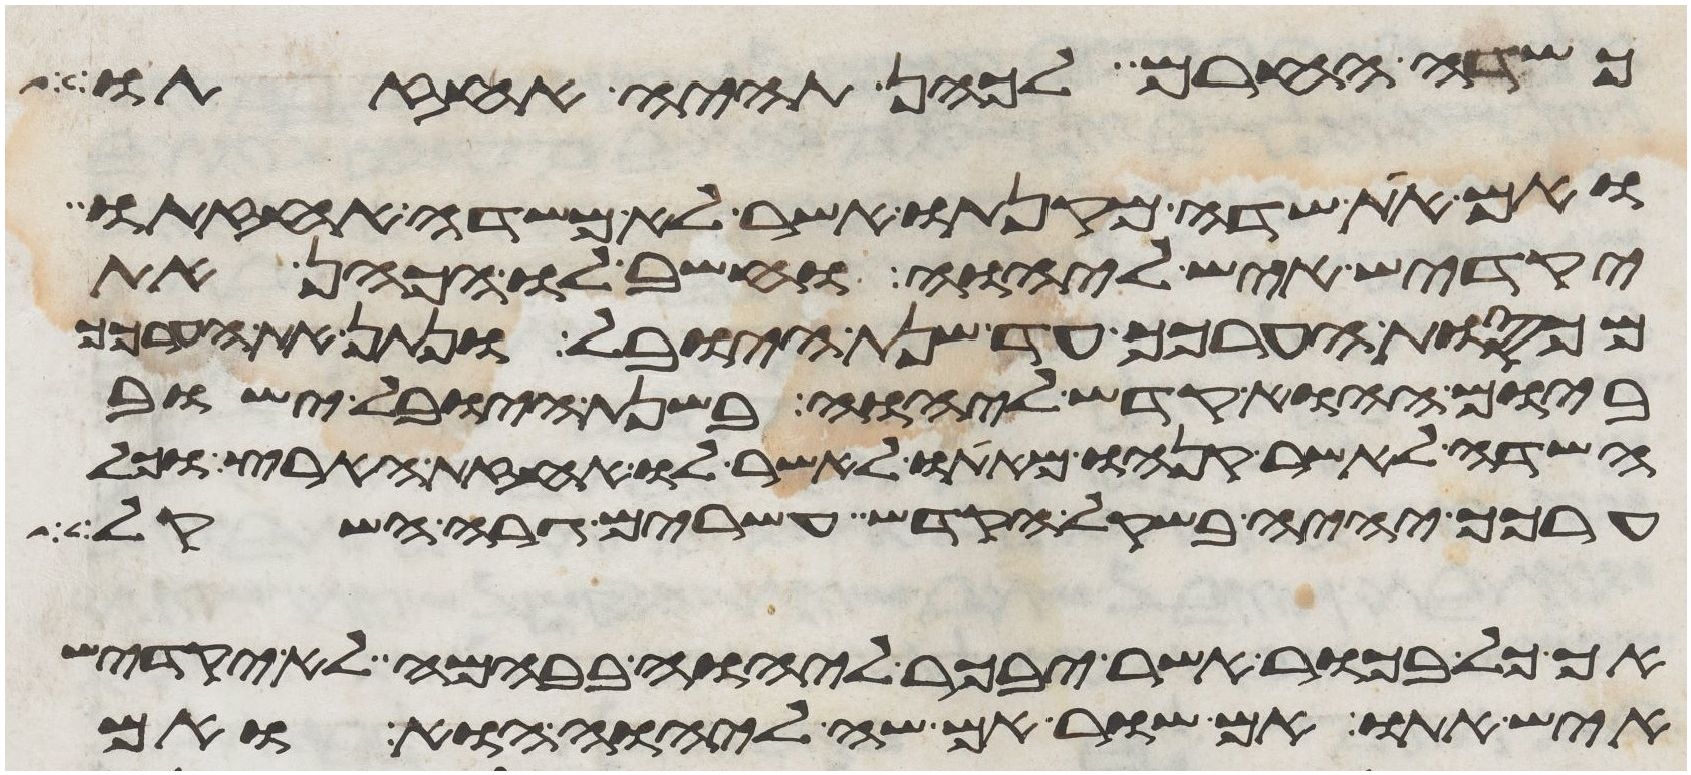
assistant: כשדה החרם לכהן תהיה אחזתו
ואם את שדה מקנתו אשר לא משדה אחזתו
יקדיש איש ליהוה וחשב לו הכהן את
מכסות הערכך עד שנת היובל ונתן את הערכך
ביום ההוא קדש ליהוה בשנת היובל ישוב
השדה לאשר קנהו מאתו לאשר לו אחזת הארץ וכל
ערכך יהיה בשקל הקדש עשרים גרה השקל
אך כל בכור אשר יבכר ליהוה בבהמה לא יקדיש
איש אתו אם שור אם שה ליהוה הוא ואם